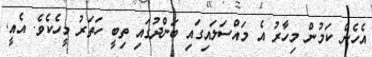
އެހެން ކަމުން މިހާރު އެ މައްސަލައިގައި ބަންދުގައި ތިބީ ހަތަރު މީހެކެވެ. އެއީ